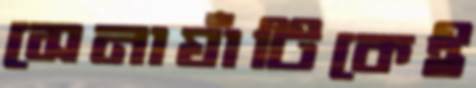
সেনাঘাঁটিকেই